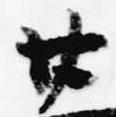
廿